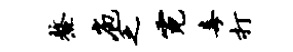
鳌庖乏霓毒打